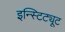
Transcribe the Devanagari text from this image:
इन्स्टिट्यूट